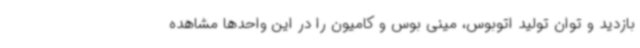
بازدید و توان تولید اتوبوس، مینی بوس و کامیون را در این واحدها مشاهده